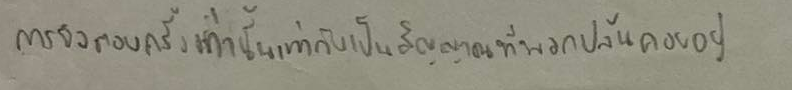
การยิงตอบครั้งเท่านั้นเท่ากับเป็นสัญญาณที่พวกปล้นคอยอยู่